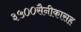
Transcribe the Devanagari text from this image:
३५००सैनीकासह